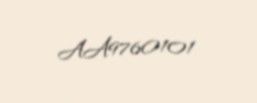
AA9760101